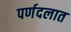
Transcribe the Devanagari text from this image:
पर्णदलात